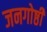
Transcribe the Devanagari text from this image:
जनगोष्ठी